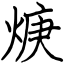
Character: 焿